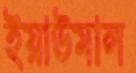
ইয়াউমাল